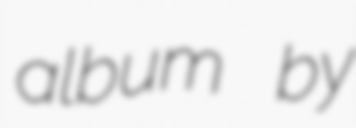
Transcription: album by